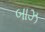
બાઝ